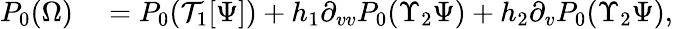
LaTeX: \begin{array}{rl}{P_{0}(\Omega)}&{{}=P_{0}(\mathcal{T}_{1}[\Psi])+h_{1}\partial_{vv}P_{0}(\Upsilon_{2}\Psi)+h_{2}\partial_{v}P_{0}(\Upsilon_{2}\Psi),}\end{array}